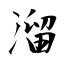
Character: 溜